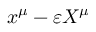
x ^ { \mu } - \varepsilon X ^ { \mu }